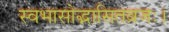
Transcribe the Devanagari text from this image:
स्वभासोद्भासितव्रजः।